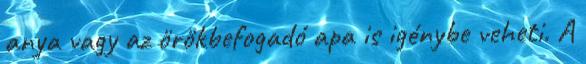
anya vagy az örökbefogadó apa is igénybe veheti. A